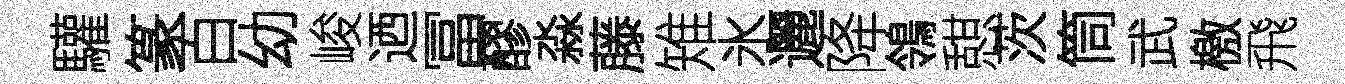
驩篆百幼峻迺冨醪淼藤雉氷邐降鴒憇茨筒武檄飛